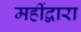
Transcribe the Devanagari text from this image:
महींद्वारा